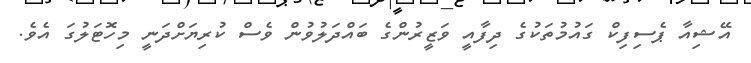
އޭޝިއާ ޕެސިފިކް ގައުމުތަކުގެ ދިފާއީ ވަޒީރުންގެ ބައްދަލުވުން ވެސް ކުރިޔަށްދަނީ މިހޮޓަލުގަ އެވެ.